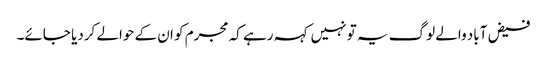
فیض آباد والے لوگ یہ تو نہیں کہہ رہے کہ مجرم کو ان کے حوالے کردیا جائے۔